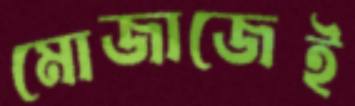
মোজাজেই